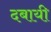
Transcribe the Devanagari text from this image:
दबायी